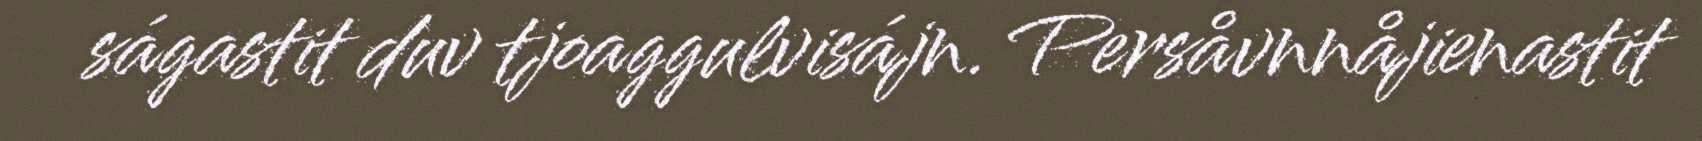
ságastit duv tjoaggulvisájn. Persåvnnåjienastit